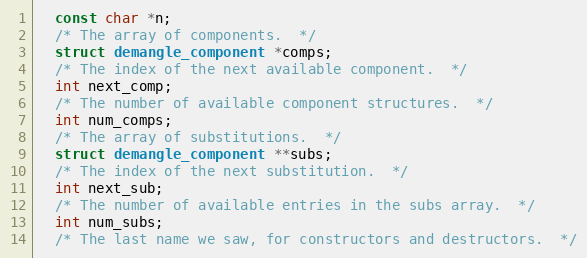
Language: C
  const char *n;
  /* The array of components.  */
  struct demangle_component *comps;
  /* The index of the next available component.  */
  int next_comp;
  /* The number of available component structures.  */
  int num_comps;
  /* The array of substitutions.  */
  struct demangle_component **subs;
  /* The index of the next substitution.  */
  int next_sub;
  /* The number of available entries in the subs array.  */
  int num_subs;
  /* The last name we saw, for constructors and destructors.  */